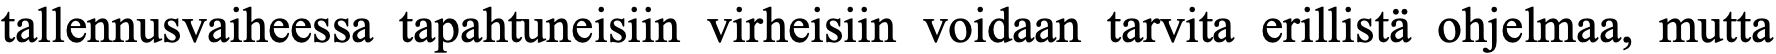
tallennusvaiheessa tapahtuneisiin virheisiin voidaan tarvita erillistä ohjelmaa, mutta